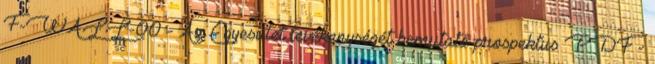
F-WALL-00 - Az Egyesület tevékenységét bemutató prospektus PDF -